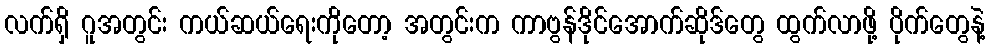
လက်ရှိ ဂူအတွင်း ကယ်ဆယ်ရေးကိုတော့ အတွင်းက ကာဗွန်ဒိုင်အောက်ဆိုဒ်တွေ ထွက်လာဖို့ ပိုက်တွေနဲ့